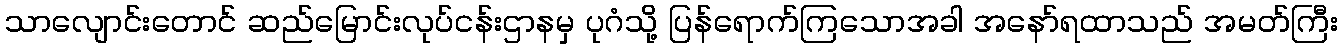
သာလျောင်းတောင် ဆည်မြောင်းလုပ်ငန်းဌာနမှ ပုဂံသို့ ပြန်ရောက်ကြသောအခါ အနော်ရထာသည် အမတ်ကြီး